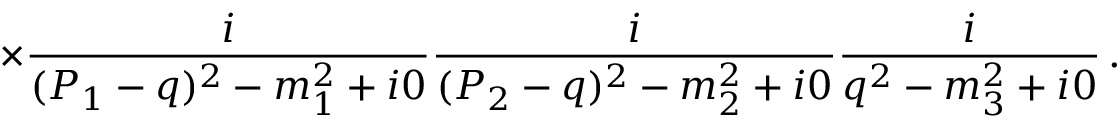
\times \frac { i } { ( P _ { 1 } - q ) ^ { 2 } - m _ { 1 } ^ { 2 } + i 0 } \frac { i } { ( P _ { 2 } - q ) ^ { 2 } - m _ { 2 } ^ { 2 } + i 0 } \frac { i } { q ^ { 2 } - m _ { 3 } ^ { 2 } + i 0 } \, .